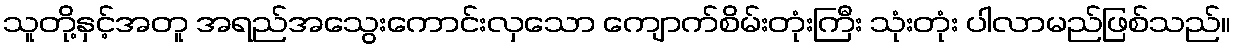
သူတို့နှင့်အတူ အရည်အသွေးကောင်းလှသော ကျောက်စိမ်းတုံးကြီး သုံးတုံး ပါလာမည်ဖြစ်သည်။